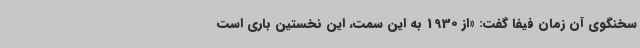
سخنگوی آن زمان فیفا گفت: «از 1930 به این سمت، این نخستین باری است